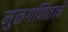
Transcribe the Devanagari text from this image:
मुळगणिताचे